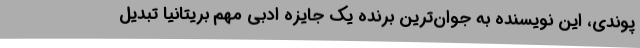
پوندی، این نویسنده به جوان‌ترین برنده یک جایزه ادبی مهم بریتانیا تبدیل